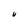
Character: U